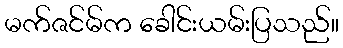
မက်ဇင်မ်က ခေါင်းယမ်းပြသည်။